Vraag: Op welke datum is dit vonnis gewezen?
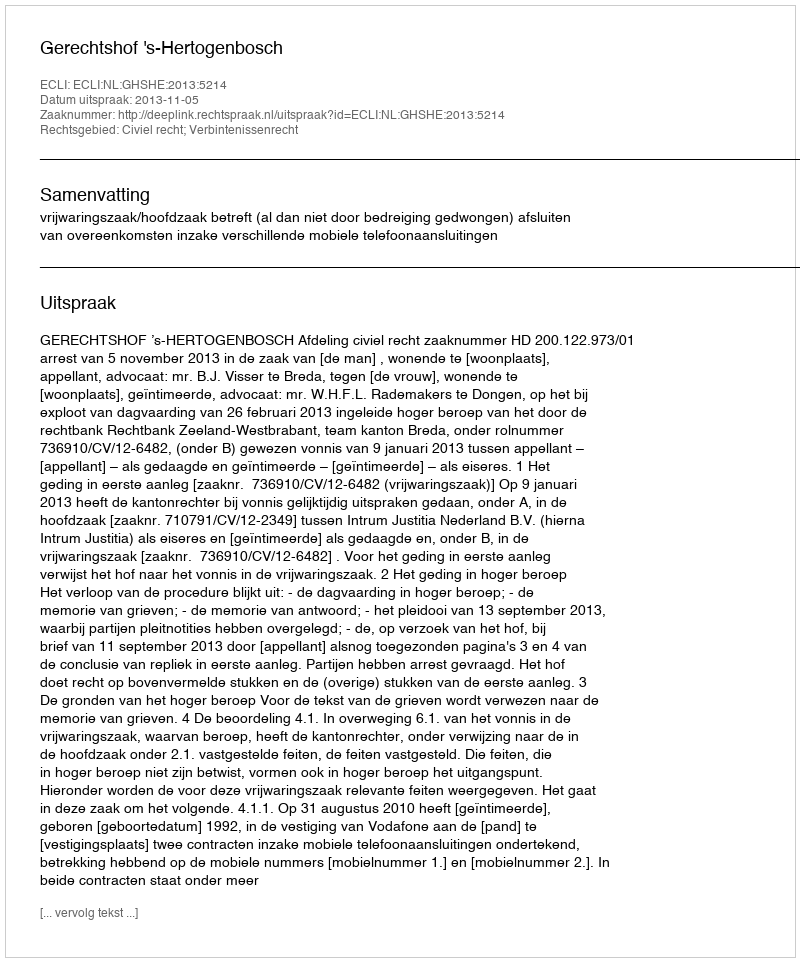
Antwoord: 2013-11-05